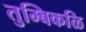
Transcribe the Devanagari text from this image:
तुम्बिकळि